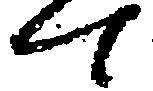
て